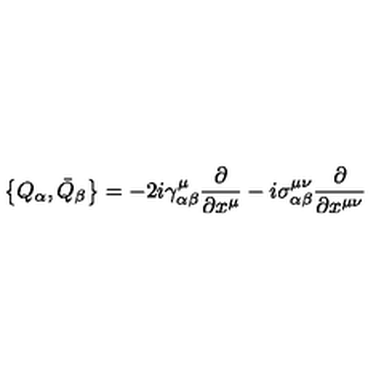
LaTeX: \bigl \{ Q _ { \alpha } , \bar { Q } _ { \beta } \bigr \} = - 2 i \gamma _ { \alpha \beta } ^ { \mu } \frac { \partial } { \partial x ^ { \mu } } - i \sigma _ { \alpha \beta } ^ { \mu \nu } \frac { \partial } { \partial x ^ { \mu \nu } }